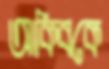
আকিবকে